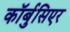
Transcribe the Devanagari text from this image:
कॉर्बुसिएर